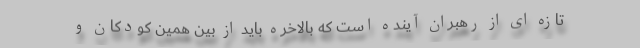
تازه ای از رهبران آینده است که بالاخره باید از بین همین کودکان و